341_110677_Numerical_File,_5-2500
Agency: Department of War
Incident date: 10/14/55
Incident location: Azerbaijan
Page 9
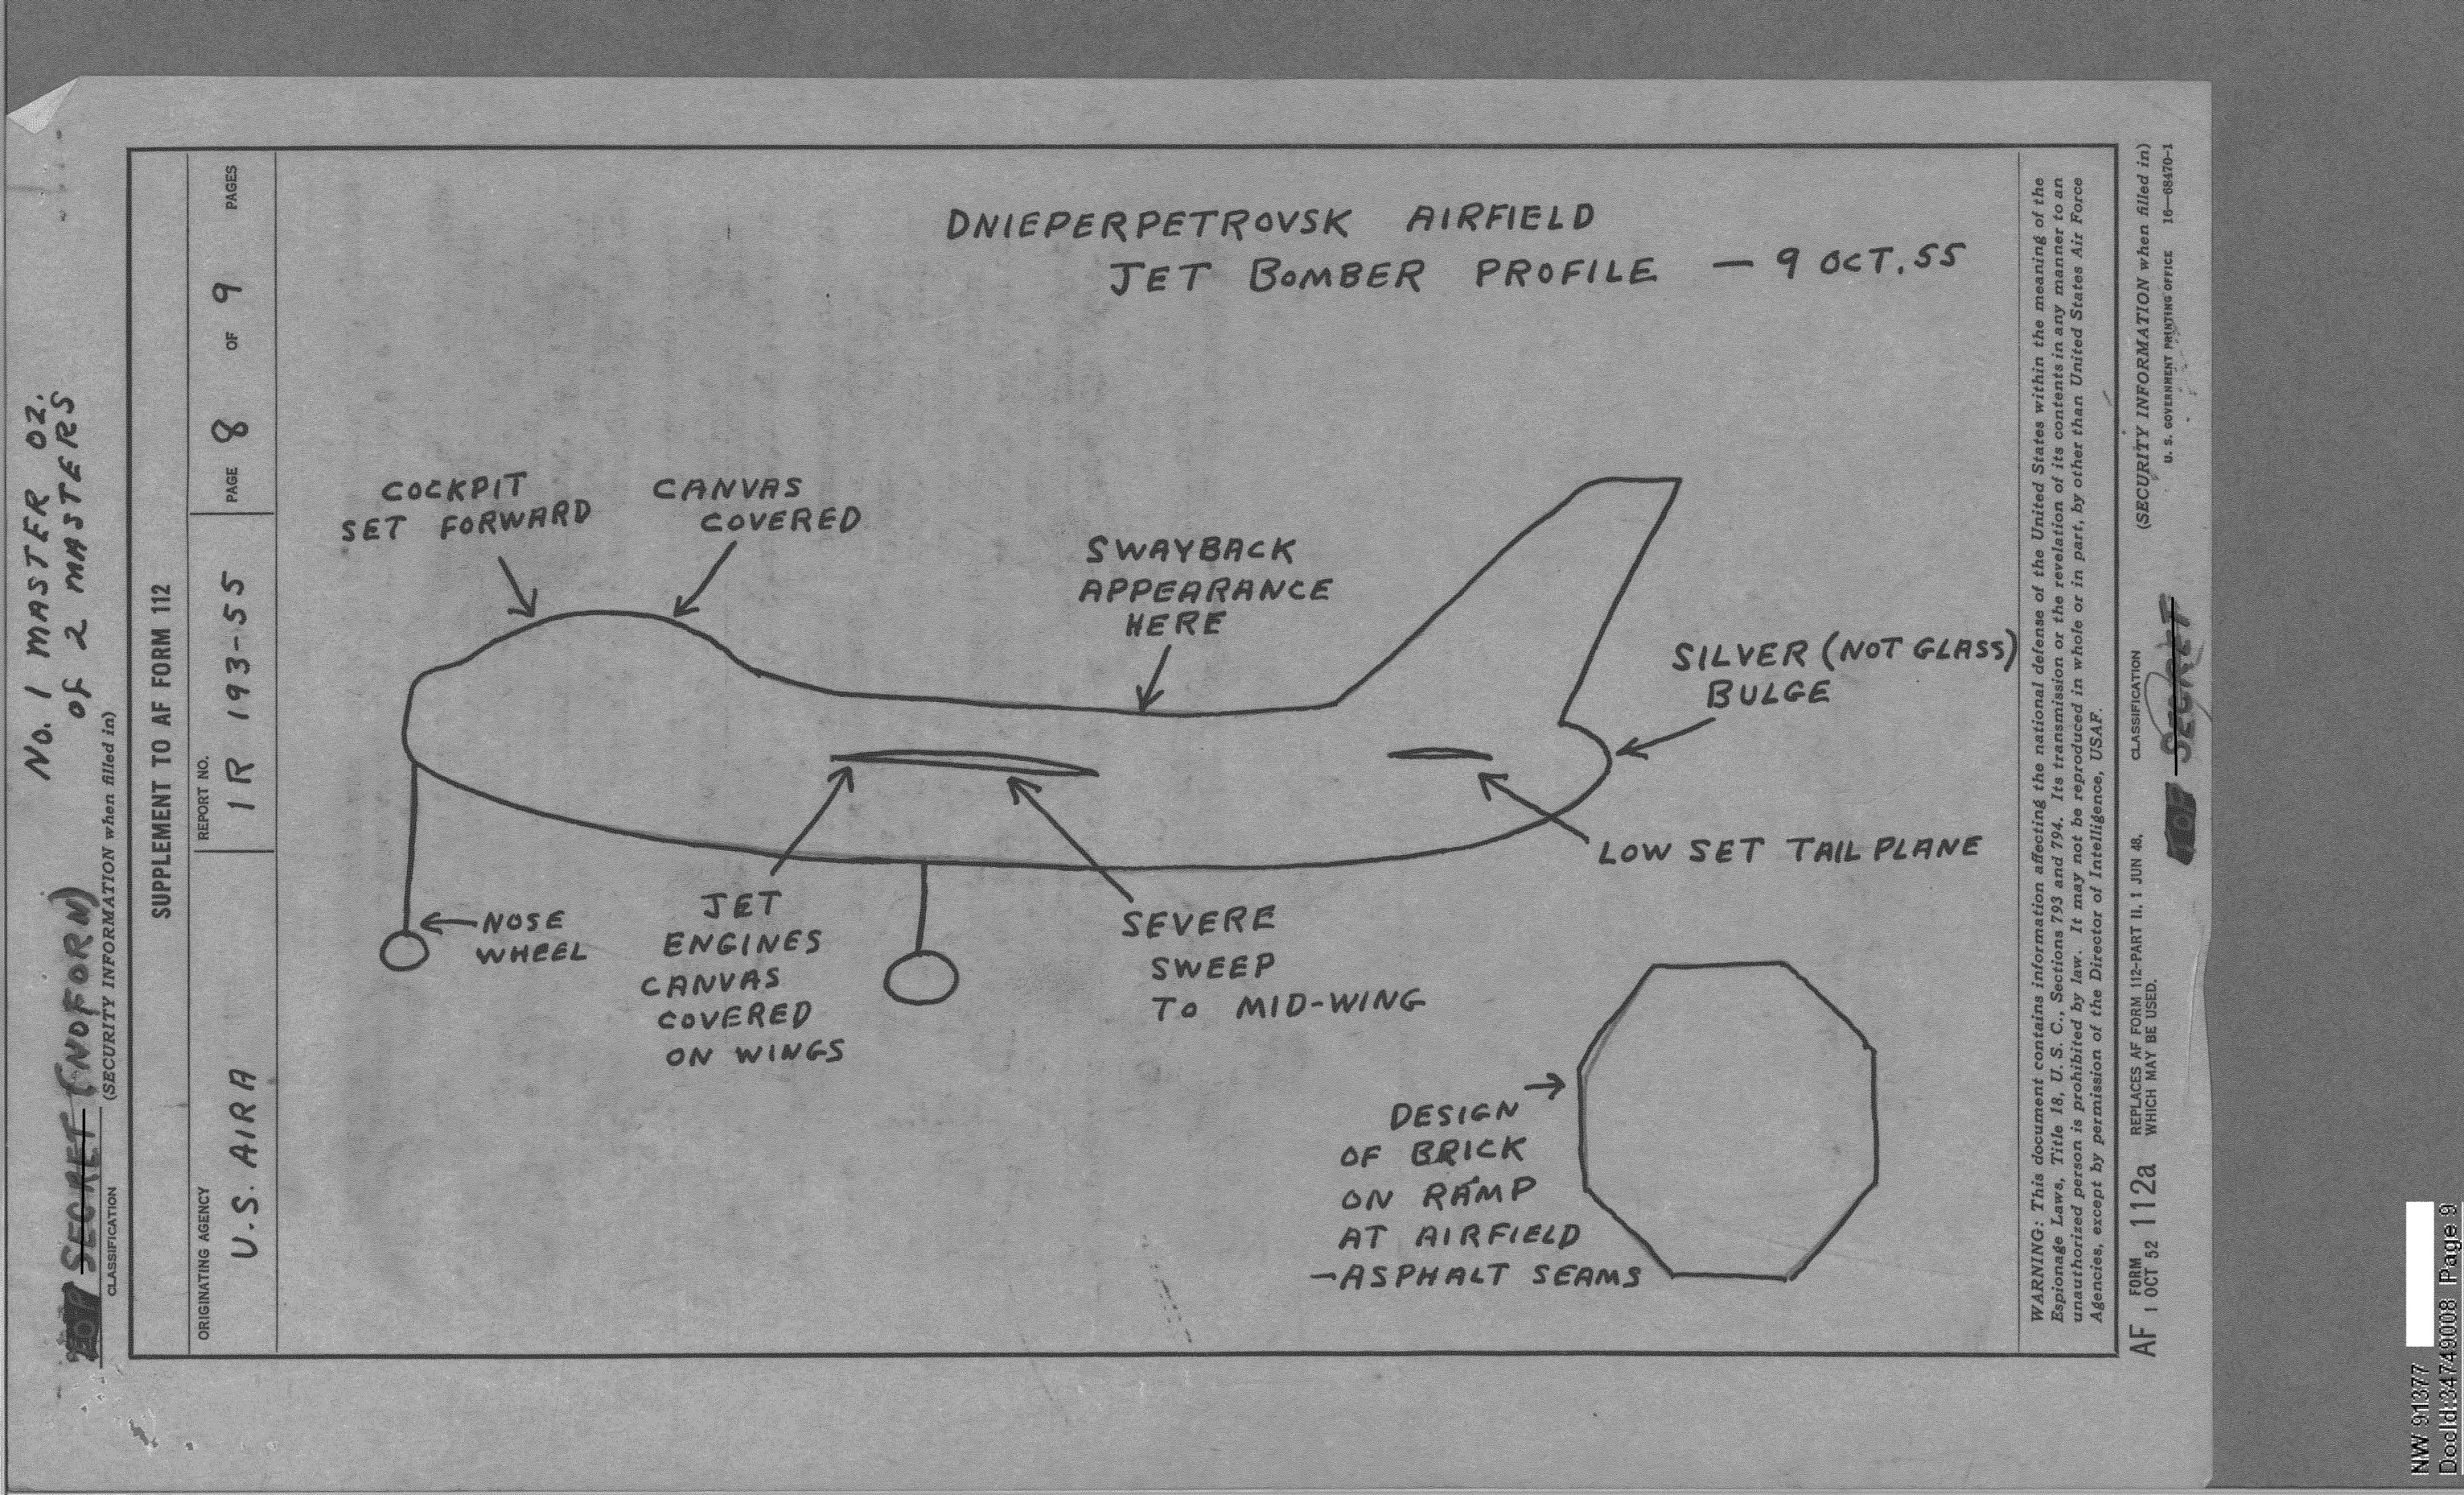